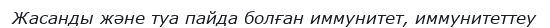
Жасанды және туа пайда болған иммунитет, иммунитеттеу